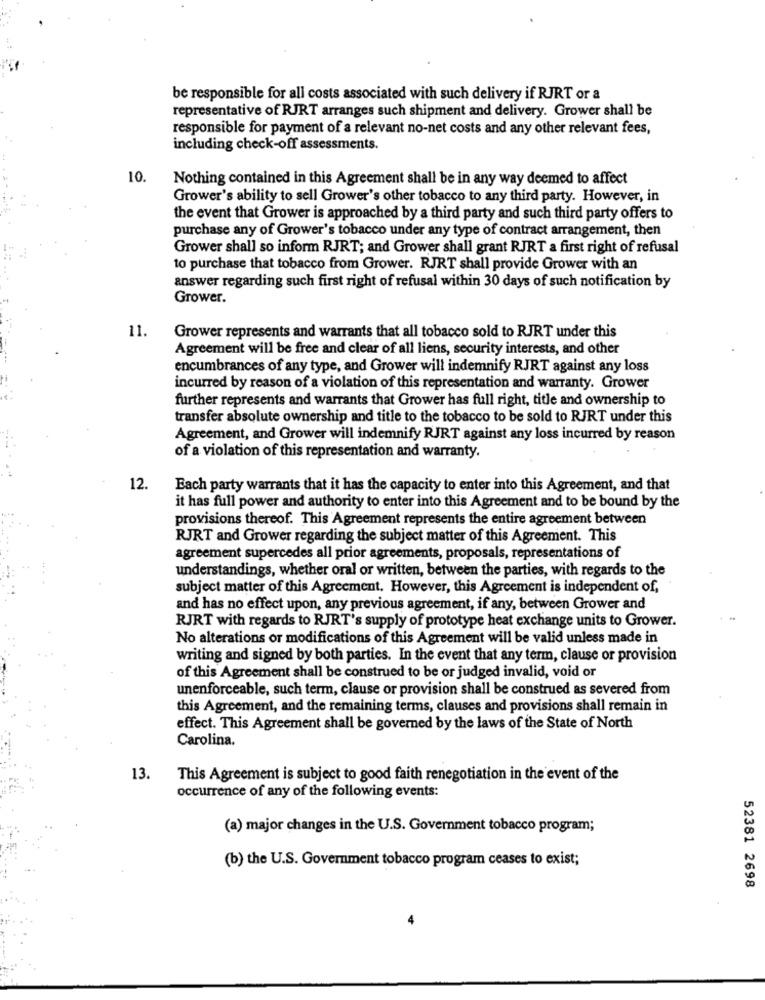
be responsible for all costs associated with such delivery if RJRT or a
representative of RJRT arranges such shipment and delivery. Grower shall be
responsible for payment of a relevant no-net costs and any other relevant fees,
including check-off assessments.
10.
Nothing contained in this Agreement shall be in any way deemed to affect
Grower's ability to sell Grower's other tobacco to any third party. However, in
the event that Grower is approached by a third party and such third party offers to
purchase any of Grower's tobacco under any type of contract arrangement, then
Grower shall so inform RJRT; and Grower shall grant RJRT a first right of refusal
to purchase that tobacco from Grower. RJRT shall provide Grower with an
answer regarding such first right of refusal within 30 days of such notification by
Grower.
11.
Grower represents and warrants that all tobacco sold to RJRT under this
Agreement will be free and clear of all liens, security interests, and other
encumbrances of any type, and Grower will indemnify RJRT against any loss
incurred by reason of a violation of this representation and warranty. Grower
further represents and warrants that Grower has full right, title and ownership to
transfer absolute ownership and title to the tobacco to be sold to RJRT under this
Agreement, and Grower will indemnify RJRT against any loss incurred by reason
of a violation of this representation and warranty.
12.
Each party warrants that it has the capacity to enter into this Agreement, and that
it has full power and authority to enter into this Agreement and to be bound by the
provisions thereof. This Agreement represents the entire agreement between
RJRT and Grower regarding the subject matter of this Agreement. This
agreement supercedes all prior agreements, proposals, representations of
understandings, whether oral or written, between the parties, with regards to the
subject matter of this Agreement. However, this Agreement is independent of,
and has no effect upon, any previous agreement, if any, between Grower and
RJRT with regards to RJRT's supply of prototype heat exchange units to Grower.
No alterations or modifications of this Agreement will be valid unless made in
writing and signed by both parties. In the event that any term, clause or provision
of this Agreement shall be construed to be or judged invalid, void or
unenforceable, such term, clause or provision shall be construed as severed from
this Agreement, and the remaining terms, clauses and provisions shall remain in
effect. This Agreement shall be governed by the laws of the State of North
Carolina.
13.
This Agreement is subject to good faith renegotiation in the event of the
occurrence of any of the following events:
(a) major changes in the U.S. Government tobacco program;
(b) the U.S. Government tobacco program ceases to exist;
52381 2698